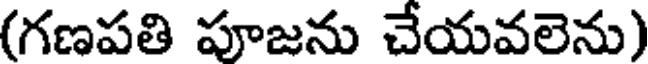
(గణపతి పూజను చేయవలెను)